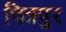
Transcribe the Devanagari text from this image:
चित्रपुर